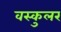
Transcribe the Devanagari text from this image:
वस्कुलर